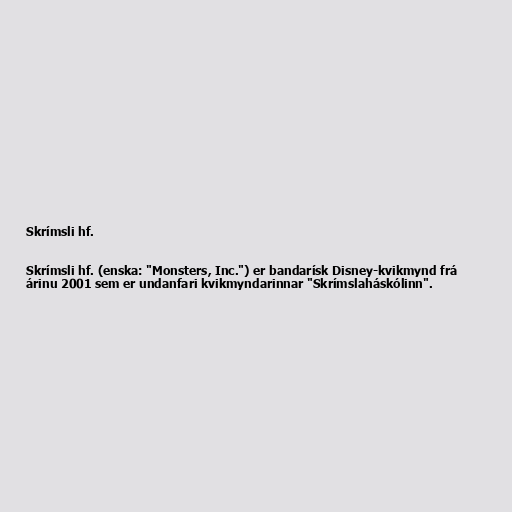
Skrímsli hf.

Skrímsli hf. (enska: "Monsters, Inc.") er bandarísk Disney-kvikmynd frá
árinu 2001 sem er undanfari kvikmyndarinnar "Skrímslaháskólinn".